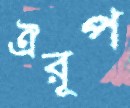
ঐরূপ